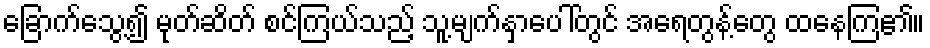
ခြောက်သွေ့၍ မုတ်ဆိတ် စင်ကြယ်သည့် သူ့မျက်နှာပေါ်တွင် အရေတွန့်တွေ ထနေကြ၏။